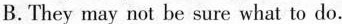
B. They may not be sure what to do.